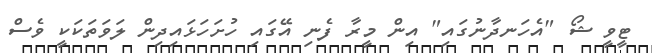
ޓީވީ ޝޯ "އެހަނދާނުގައި" އިން މީރާ ފެނި އޭގައި ހުށަހަޅައިދިން ލަވަތަކަކީ ވެސް